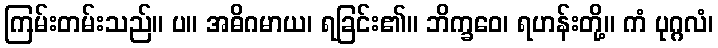
ကြမ်းတမ်းသည်။ ပ။ အဓိဂမာယ၊ ရခြင်း၏။ ဘိက္ခဝေ၊ ရဟန်းတို့။ ကံ ပုဂ္ဂလံ၊